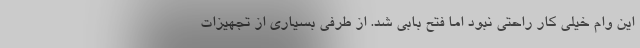
این وام خیلی کار راحتی نبود اما فتح بابی شد. از طرفی بسیاری از تجهیزات